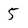
Character: 5